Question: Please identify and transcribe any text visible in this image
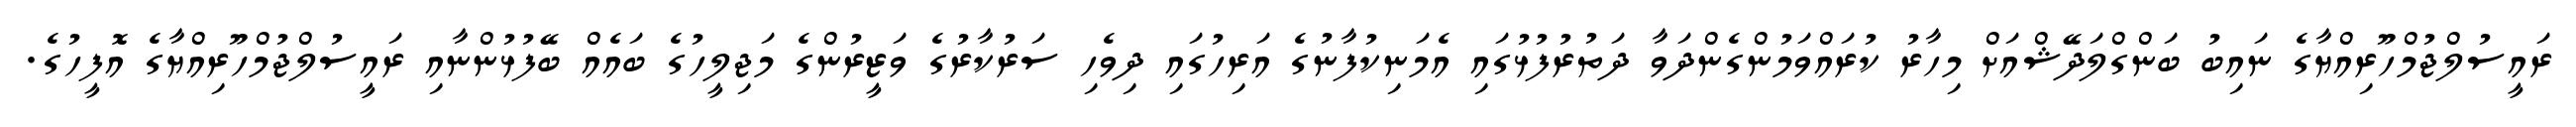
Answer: ރައީސުލްޖުމްހޫރިއްޔާގެ ނައިބު ބަންގްލަދޭޝްއަށް މިހާރު ކުރައްވަމުންގެންދަވާ ދަތުރުފުޅުގައި އެމަނިކުފާނުގެ އަރިހުގައި ދިވެހި ސަރުކާރުގެ ވަޒީރުންގެ މަޖިލީހުގެ ބައެއް ބޭފުޅުންނާއި ރައީސުލްޖުމްހޫރިއްޔާގެ އޮފީހުގެ.